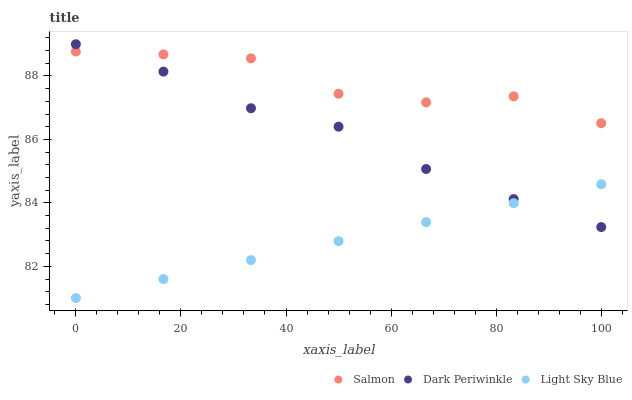
| xaxis_label | Salmon | Dark Periwinkle | Light Sky Blue |
 | --- | --- | --- | --- |
 | 0 | 88.8 | 89 | 81 |
 | 16.7 | 88.7 | 88.1 | 81.6 |
 | 33.3 | 88.6 | 87 | 82.2 |
 | 50 | 87.4 | 86.4 | 82.8 |
 | 66.7 | 87.2 | 85.1 | 83.4 |
 | 83.3 | 87.4 | 84.1 | 84 |
 | 100 | 86.5 | 83.2 | 84.6 |